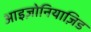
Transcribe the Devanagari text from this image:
आइज़ोनियाज़िड